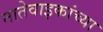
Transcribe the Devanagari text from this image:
नातेवाइकांच्या